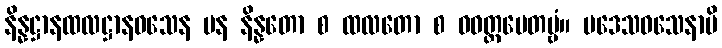
နိန္နဋ္ဌာနထလဋ္ဌာနဝသေန ပန နိန္နတော စ ထလတော စ ဝဝတ္ထပေတဗ္ဗံ။ ပဒေသဝသေနာပိ